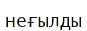
неғылды